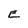
Character: E